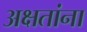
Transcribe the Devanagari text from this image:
अक्षतांना